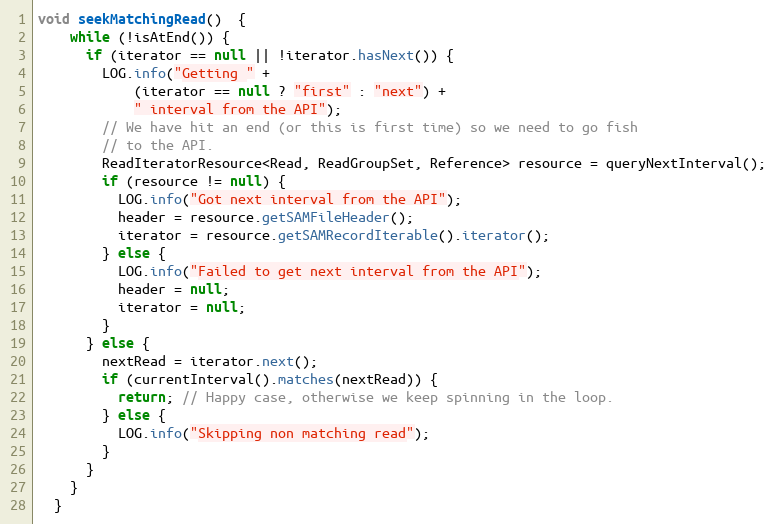
Language: Java
void seekMatchingRead()  {
    while (!isAtEnd()) {
      if (iterator == null || !iterator.hasNext()) {
        LOG.info("Getting " +
            (iterator == null ? "first" : "next") +
            " interval from the API");
        // We have hit an end (or this is first time) so we need to go fish
        // to the API.
        ReadIteratorResource<Read, ReadGroupSet, Reference> resource = queryNextInterval();
        if (resource != null) {
          LOG.info("Got next interval from the API");
          header = resource.getSAMFileHeader();
          iterator = resource.getSAMRecordIterable().iterator();
        } else {
          LOG.info("Failed to get next interval from the API");
          header = null;
          iterator = null;
        }
      } else {
        nextRead = iterator.next();
        if (currentInterval().matches(nextRead)) {
          return; // Happy case, otherwise we keep spinning in the loop.
        } else {
          LOG.info("Skipping non matching read");
        }
      }
    }
  }